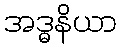
အဒ္ဓနိယာ